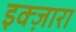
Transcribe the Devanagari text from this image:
इक्ज़ारा